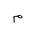
Letter: _mim